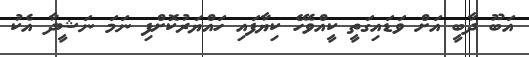
އަބޫ ދާބީ އަށް ވަޑައިގަތީ ކީއްވެހޭ ކިޔާފައި ހައްޔަރުކޮށްފި ނަމަ ނަޝީދާ އެކު